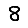
Digit: 8